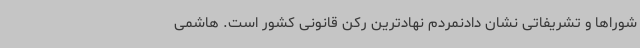
شوراها و تشریفاتی نشان دادنمردم نهادترین رکن قانونی کشور است. هاشمی